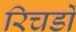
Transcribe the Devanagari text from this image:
रिचर्डो